画像に写った文字を読んでください
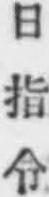
「日指令」と書いてあります